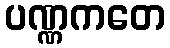
ပဏ္ဏကတေ